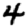
Digit: 4